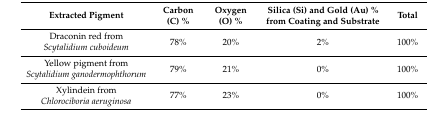
| Extracted Pigment | Carbon (C) % | Oxygen (O) % | Silica (Si) and Gold (Au) % from Coating and Substrate | Total |
 | --- | --- | --- | --- | --- |
 | Draconin red from Scytalidium cuboideum | 78% | 20% | 2% | 100% |
 | Yellow pigment from Scytalidium ganodermophthorum | 79% | 21% | 0% | 100% |
 | Xylindein from Chlorociboria aeruginosa | 77% | 23% | 0% | 100% |